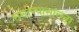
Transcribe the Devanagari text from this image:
ससाण्यासारखा